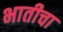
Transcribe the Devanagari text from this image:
भातीचा